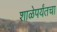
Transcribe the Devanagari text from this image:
शाळेपर्यंतचा